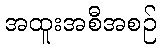
အထူးအစီအစဉ်